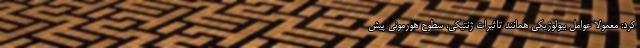
کرد: معمولا عوامل بیولوژیکی همانند تاثیرات ژنتیکی، سطوح هورمونی پیش